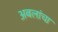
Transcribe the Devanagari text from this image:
अबलांचा